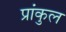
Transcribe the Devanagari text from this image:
प्रांकुल